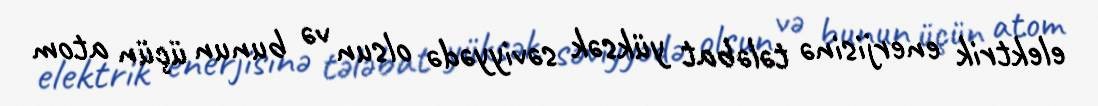
elektrik enerjisinə tələbat yüksək səviyyədə olsun və bunun üçün atom